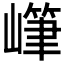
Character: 𱜏